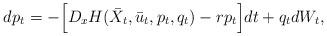
LaTeX: \begin{align*}dp_t = - \Big[D_x H(\bar{X}_t,\bar{u}_t,p_t,q_t) - rp_t \Big]dt + q_t dW_t,\end{align*}